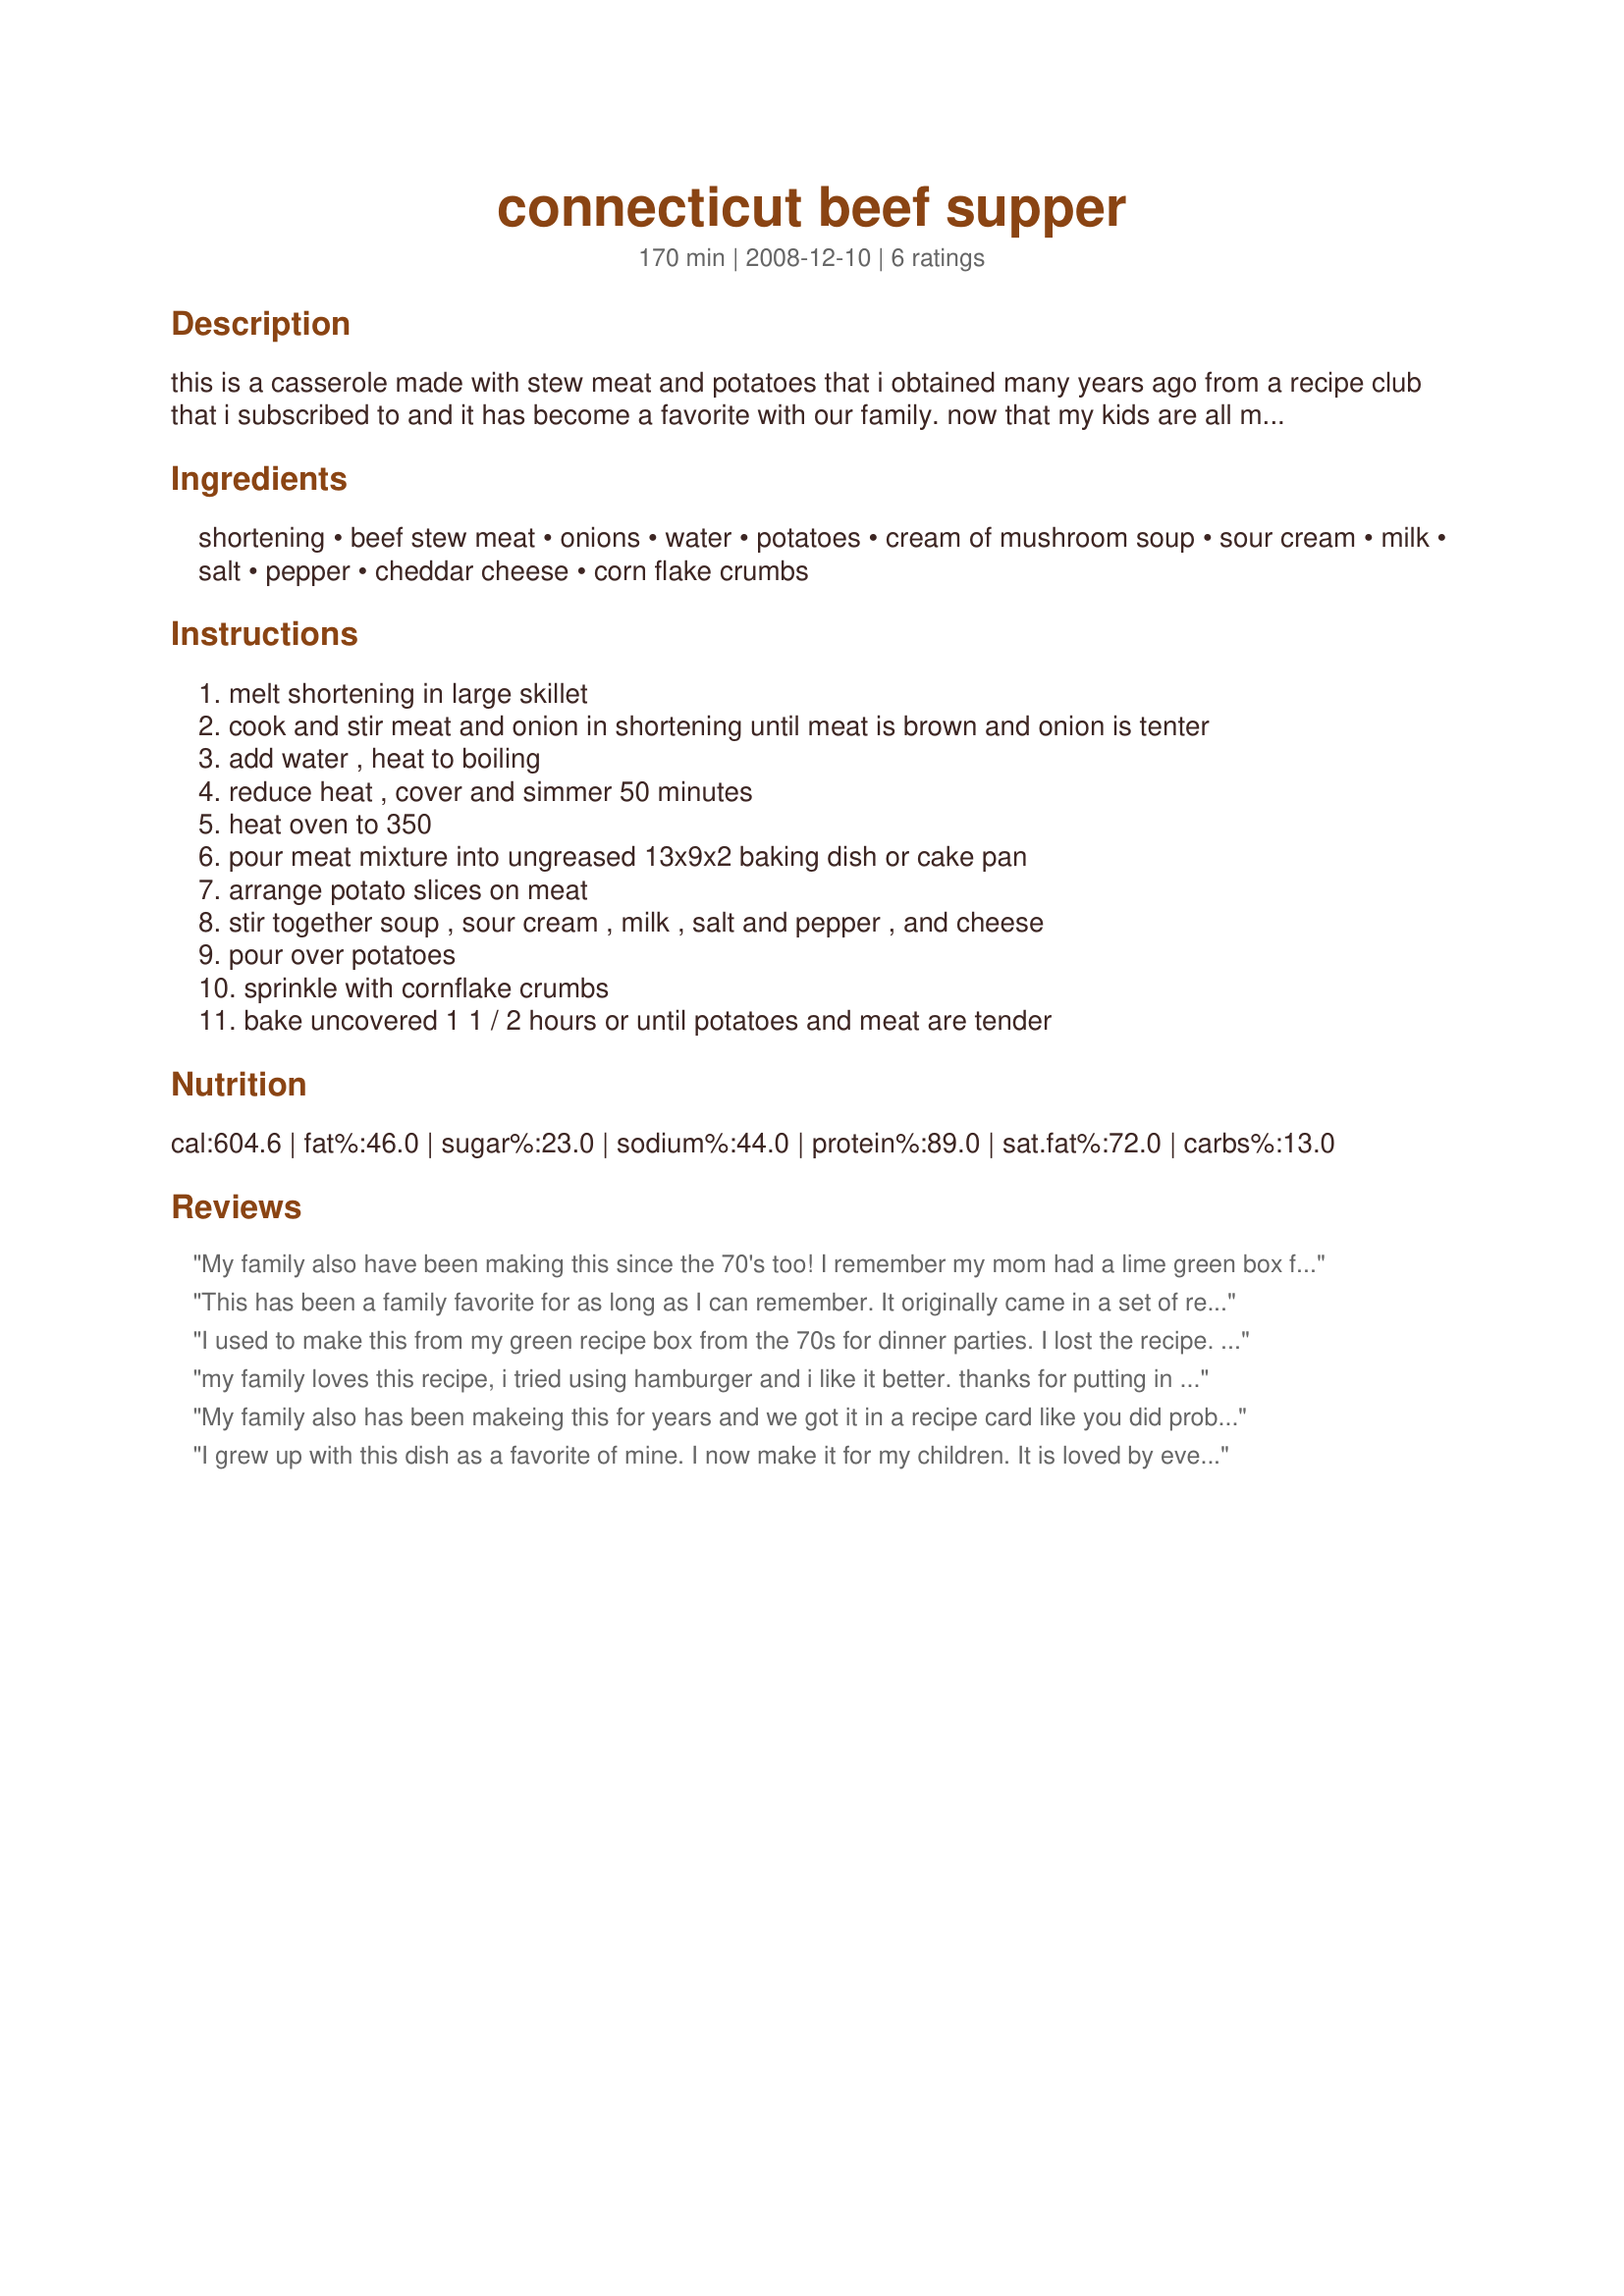
connecticut beef supper
Preparation time: 170 minutes

this is a casserole made with stew meat and potatoes that i obtained many years ago from a recipe club that i subscribed to and it has become a favorite with our family. now that my kids are all married they all prepare it for their families. and if you take it to a pot luck, make sure you take a copy of the recipe because someone is sure to ask you for it.

Ingredients:
shortening, beef stew meat, onions, water, potatoes, cream of mushroom soup, sour cream, milk, salt, pepper, cheddar cheese, corn flake crumbs

Steps:
melt shortening in large skillet
cook and stir meat and onion in shortening until meat is brown and onion is tenter
add water , heat to boiling
reduce heat , cover and simmer 50 minutes
heat oven to 350
pour meat mixture into ungreased 13x9x2 baking dish or cake pan
arrange potato slices on meat
stir together soup , sour cream , milk , salt and pepper , and cheese
pour over potatoes
sprinkle with cornflake crumbs
bake uncovered 1 1 / 2 hours or until potatoes and meat are tender

Reviews:
My family also have been making this since the 70's too! I remember my mom had a lime green box full of the recipe cards. It's one of those recipe that you can trick your kids into eating if they just don't see what's actually in it, lol. My only recommendation, is to drain some of the water too keep it from boiling over in the oven.Enjoy!
This has been a family favorite for as long as I can remember. It originally came in a set of recipe cards that my mom subscribed to. This one is a keeper!
I used to make this from my green recipe box from the 70s for dinner parties. I lost the recipe. Was glad to see this recipe again as I want to make it for my &quot;girls&quot; weekend later this month.
my family loves this recipe, i tried using hamburger and i like it better. thanks for putting in here.
My family also has been makeing this for years and we got it in a recipe card like you did probably back in the 70,s ;-) love it and it makes a great pot luck casserole very filling!!!
I grew up with this dish as a favorite of mine. I now make it for my children. It is loved by everyone. I never have leftovers.
